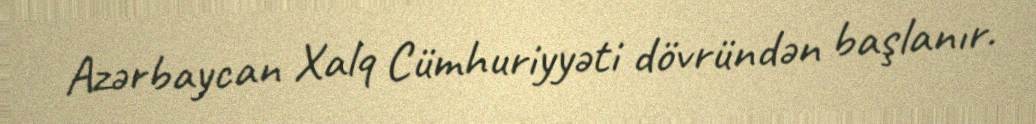
Azərbaycan Xalq Cümhuriyyəti dövründən başlanır.